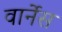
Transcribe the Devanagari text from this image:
वार्नेस